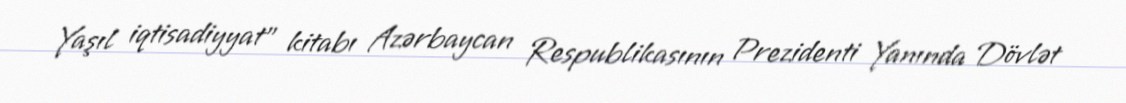
Yaşıl iqtisadiyyat" kitabı Azərbaycan Respublikasının Prezidenti Yanında Dövlət